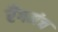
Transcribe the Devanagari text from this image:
रँगमंच